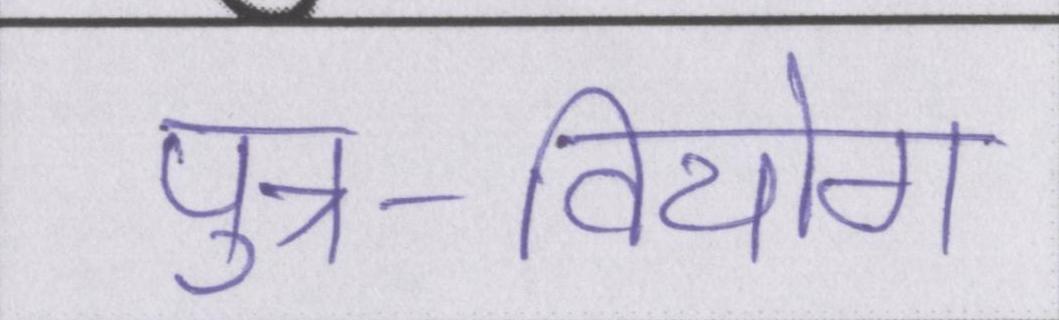
पुत्र-वियोग